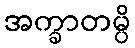
အက္ခာတမ္ပိ